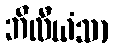
ဘီလီယံသာ